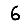
Digit: 6